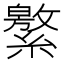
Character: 𦅾